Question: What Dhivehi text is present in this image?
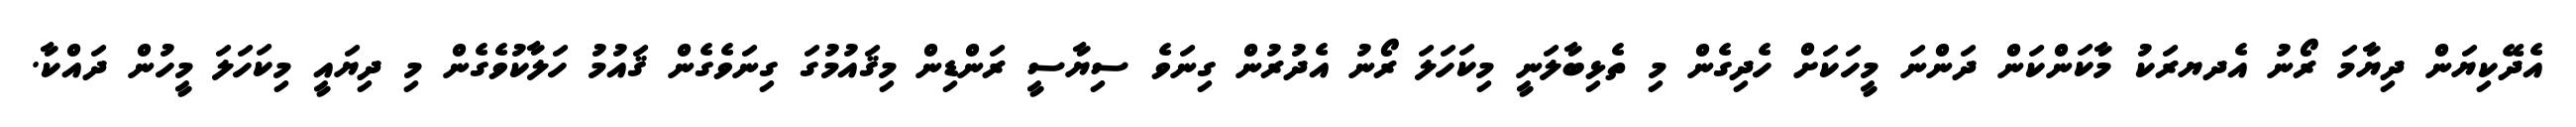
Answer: އެދޭކިޔަން ދިޔާމަ ރޯނު އެދޔރަކު މާކަންކަން ދަންނަ މީހަކަށް ހެދިގެން މި ތެޅިބާލަނީ މިކަހަލަ ރޯނު އެދުރުން ގިނަވެ ސިޔާސީ ރަންޑިން މިޤައުމުގަ ގިނަވެގެން ޤައުމު ހަލާކުވެގެން މި ދިޔައީ މިކަހަލަ މީހުން ދައްކާ.